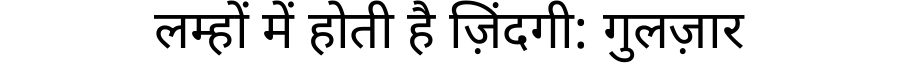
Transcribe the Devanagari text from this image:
लम्हों में होती है ज़िंदगी: गुलज़ार